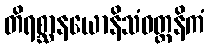
တိရစ္ဆာနယောနိသံဝတ္တနိကံ